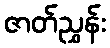
ဇာတ်ညွှန်း